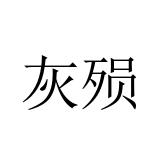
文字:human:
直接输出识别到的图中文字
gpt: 灰殒